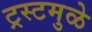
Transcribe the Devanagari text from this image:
ट्रस्टमुळे